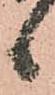
候